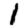
Digit: 1